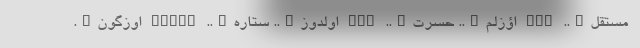
مستقل….. ZGR اؤزلم….. حسرت….. ZLM اولدوز….. ستاره….. ULDUZ اوزگون….